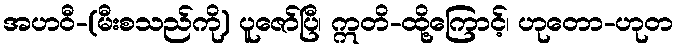
အဟဝီ-(မီးစသည်ကို) ပူဇော်ပြီ၊ ဣတိ-ထို့ကြောင့်၊ ဟုတော-ဟုတ